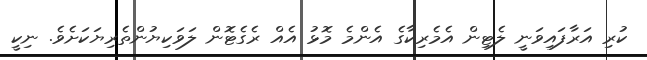
ކުރި އަރާފައިވަނީ ލެޓިން އެމެރިކާގެ އެންމެ މޮޅު އެއް ރެގެޓޮން ލަވަކިޔުންތެރިޔަކަށެވެ. ނިކީ